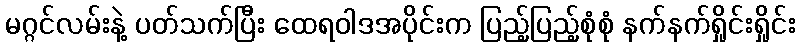
မဂ္ဂင်လမ်းနဲ့ ပတ်သက်ပြီး ထေရဝါဒအပိုင်းက ပြည့်ပြည့်စုံစုံ နက်နက်ရှိုင်းရှိုင်း